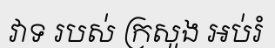
វាទ របស់ ក្រសួង អប់រំ